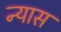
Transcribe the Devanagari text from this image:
न्‍यास